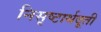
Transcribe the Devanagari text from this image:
निसृष्टार्थदूती